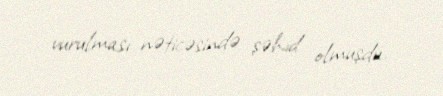
vurulması nəticəsində şəhid olmuşdu.